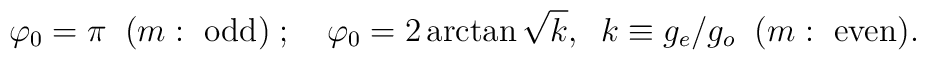
\varphi_0=\pi\;\;(m:\ \mbox{odd})\;;\quad   \varphi_0=2\arctan\sqrt{k},\;\; k\equiv g_e/{g_o}\;\; (m:\ \mbox{even}).